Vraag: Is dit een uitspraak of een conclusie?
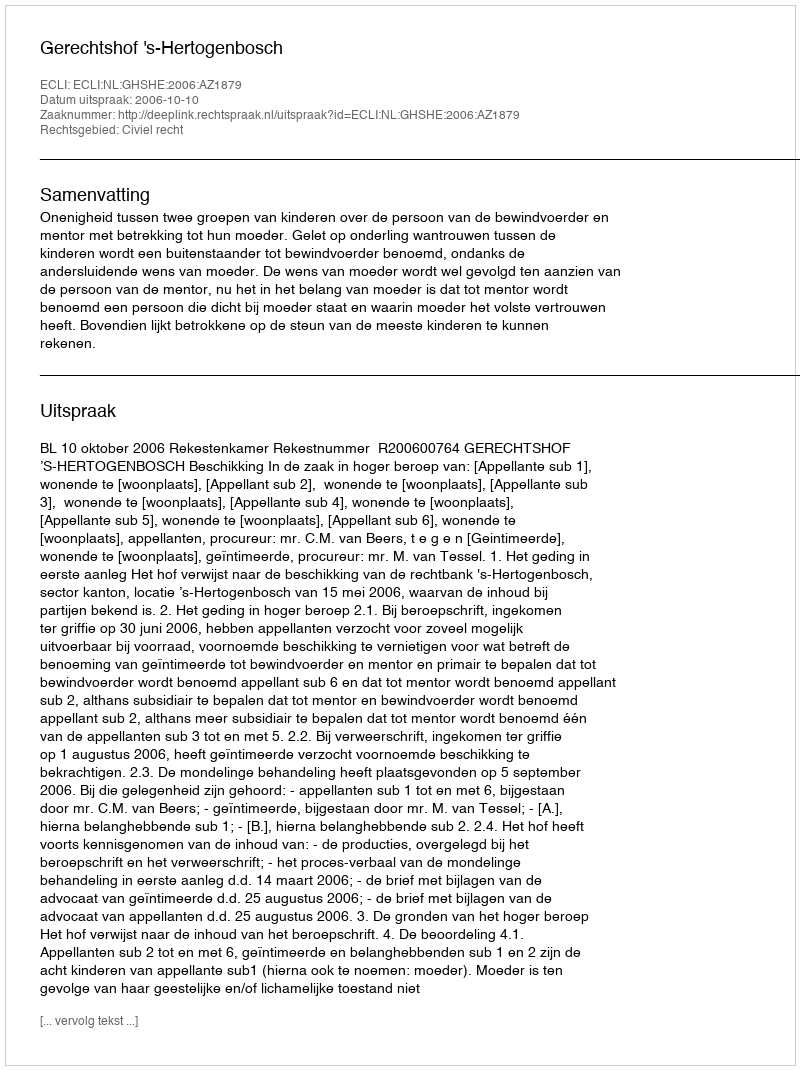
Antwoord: Uitspraak